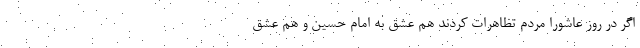
اگر در روز عاشورا مردم تظاهرات کردند هم عشق به امام حسین و هم عشق